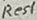
Text: Res1